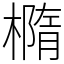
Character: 橢